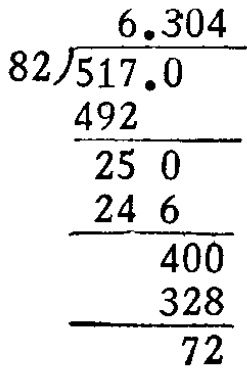
```
\begin{array}{r}
6.304 \\
82\enclose{longdiv}{517.0} \\
\underline{492}\phantom{.0} \\
250\phantom{.} \\
\underline{246}\phantom{.} \\
400 \\
\underline{328} \\
72
\end{array}
```